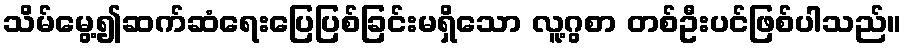
သိမ်မွေ့၍ဆက်ဆံရေးပြေပြစ်ခြင်းမရှိသော လူ့ဂွစာ တစ်ဦးပင်ဖြစ်ပါသည်။